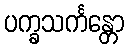
ပက္ခသင်္ကန္တော